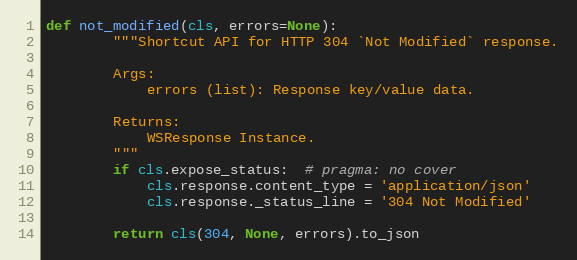
Language: Python
def not_modified(cls, errors=None):
        """Shortcut API for HTTP 304 `Not Modified` response.

        Args:
            errors (list): Response key/value data.

        Returns:
            WSResponse Instance.
        """
        if cls.expose_status:  # pragma: no cover
            cls.response.content_type = 'application/json'
            cls.response._status_line = '304 Not Modified'

        return cls(304, None, errors).to_json